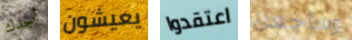
أجدك يعيشون اعتقدوا وسأجعل